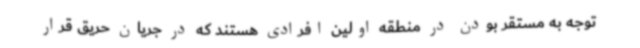
توجه به مستقر بودن در منطقه اولین افرادی هستند که در جریان حریق قرار